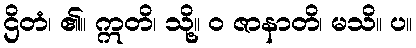
ဌိတံ၊ ၏။ ဣတိ၊ သို့။ ဝ ဇာနာတိ၊ မသိ။ ပ။